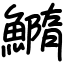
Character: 䲊